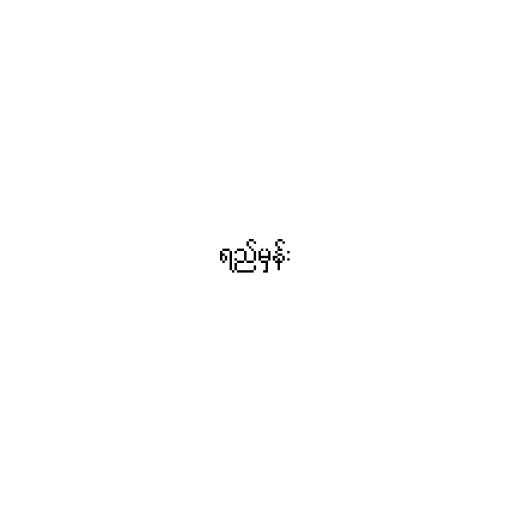
ရည်မှန်း